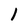
Character: i